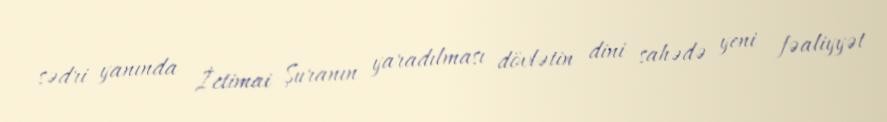
sədri yanında İctimai Şuranın yaradılması dövlətin dini sahədə yeni fəaliyyət